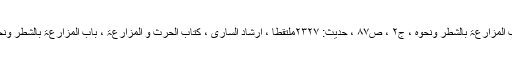
[4] بخاری ، کتاب الحرث والمزارعۃ ، باب المزارعۃ بالشطر ونحوہ ، ج۲ ، ص۸۷ ، حدیث: ۲۳۲۷ملتقطا ، ارشاد الساری ، کتاب الحرث و المزارعۃ ، باب المزارعۃ بالشطر ونحوہ ، ج۵ ، ص۳۴۹ ، تحت الباب: ۸ ملتقطا۔